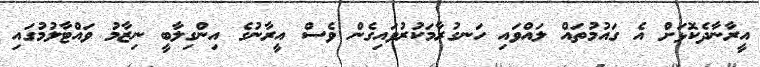
އީރާނާދެކޮޅަށް އެ ގައުމުތައް ލައްވައި ހަނގުރާމަކުރުވައިގެން ވެސް އީރާނުގެ އިންގިލާބީ ނިޒާމު ވައްޓާލުމުގައި